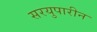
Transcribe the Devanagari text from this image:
सरयुपारीन